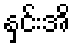
နှင်းအိ